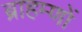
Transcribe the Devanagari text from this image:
ब्राहम्‍णों